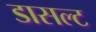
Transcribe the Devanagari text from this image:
डासल्ट